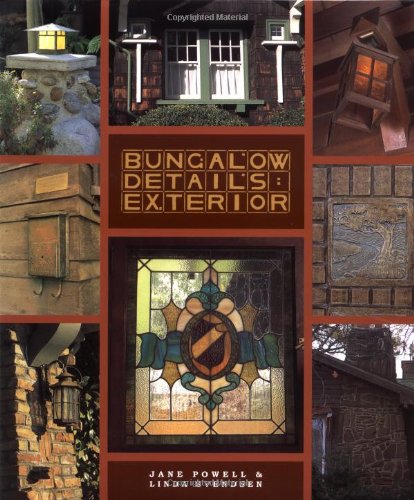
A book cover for Bungalow Details: Exterior; Jane Powell; Arts & Photography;